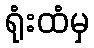
ရုံးထံမှ